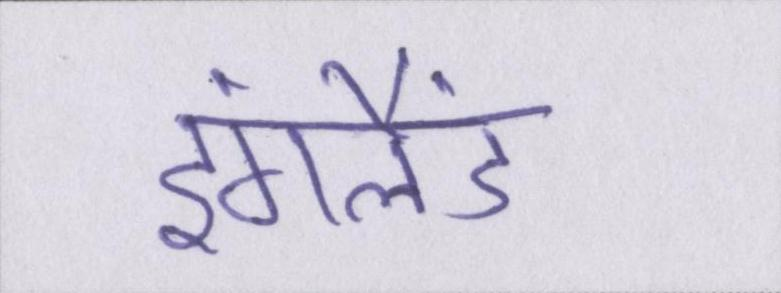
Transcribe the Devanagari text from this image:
इंगलैंड